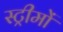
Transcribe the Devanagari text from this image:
स्ट्रीमों